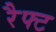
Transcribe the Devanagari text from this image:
रैफ्ट